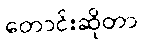
တောင်းဆိုတာ